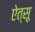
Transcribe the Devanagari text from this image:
ऐत्सू